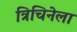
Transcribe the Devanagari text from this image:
त्रिचिनेला